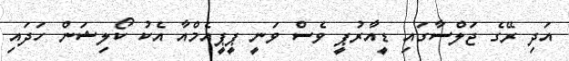
އަދި ރޭގެ ޖަލްސާގައި ޑީއާރުޕީ ވެސް ވަނީ ޕީޕީއެމްއާ އެކު ކޯލިޝަން ހަދައި